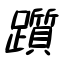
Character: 躓